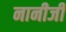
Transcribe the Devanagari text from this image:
नानीजी